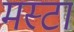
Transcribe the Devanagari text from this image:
मस्टा